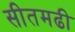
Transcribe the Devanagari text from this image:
सीतमढी